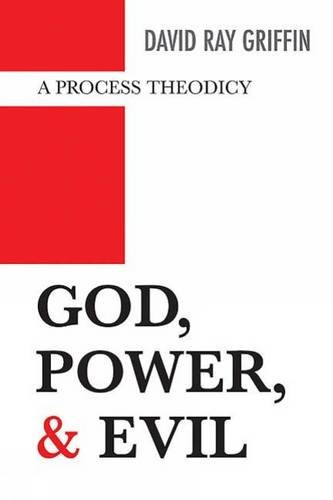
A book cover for God, Power, and Evil: A Process Theodicy; David Ray Griffin; Christian Books & Bibles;